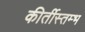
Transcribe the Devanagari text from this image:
कीर्तीस्तम्भ